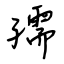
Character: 孺